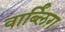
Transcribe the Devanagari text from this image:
वार्ब्लिंग